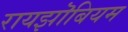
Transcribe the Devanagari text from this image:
रायझॊबियम